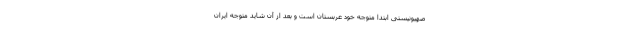
صهیونیستی ابتدا متوجه خود عربستان است و بعد از آن شاید متوجه ایران